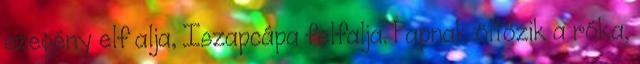
szegény elf alja, Iszapcápa felfalja. Papnak öltözik a róka,